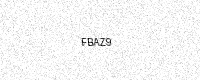
Text: FBAZ9